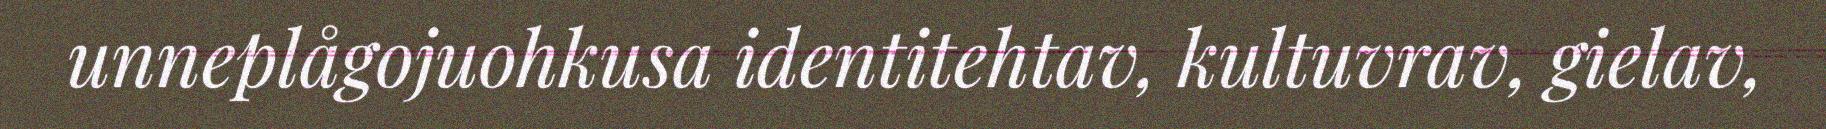
unneplågojuohkusa identitehtav, kultuvrav, gielav,